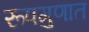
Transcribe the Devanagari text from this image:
रूपगुणात